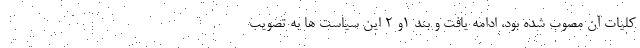
کلیات آن مصوب شده بود، ادامه یافت و بند ۱و ۲ این سیاست ها به تصویب